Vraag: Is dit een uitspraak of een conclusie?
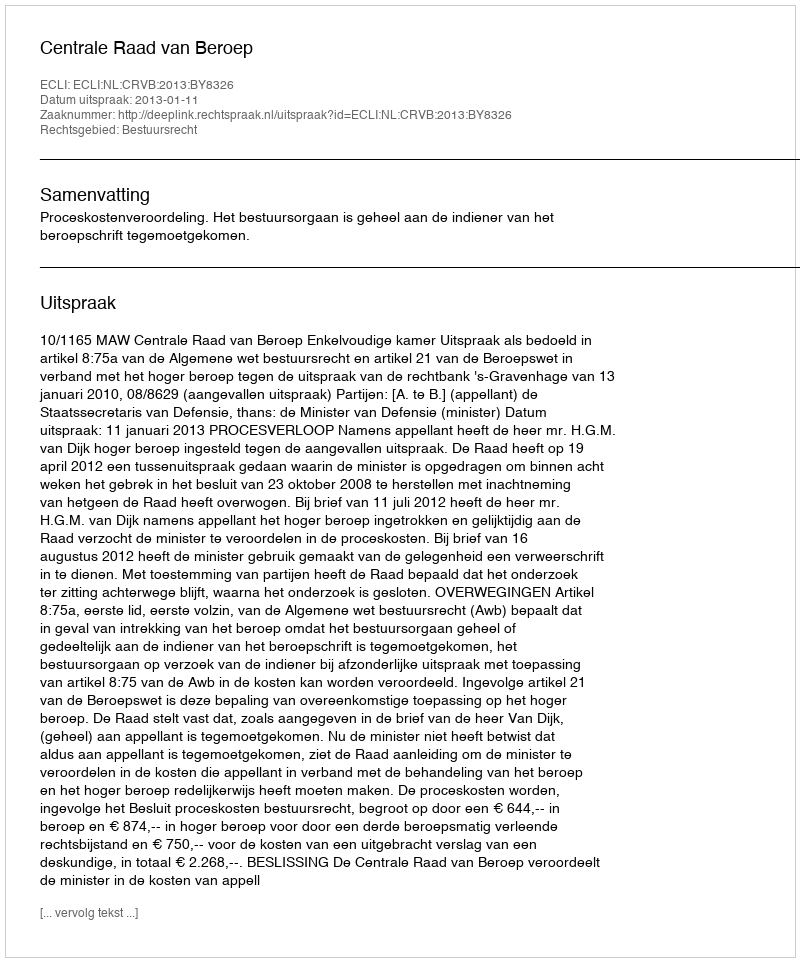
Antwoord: Uitspraak